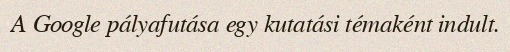
A Google pályafutása egy kutatási témaként indult.